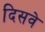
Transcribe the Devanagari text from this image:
दिसवे